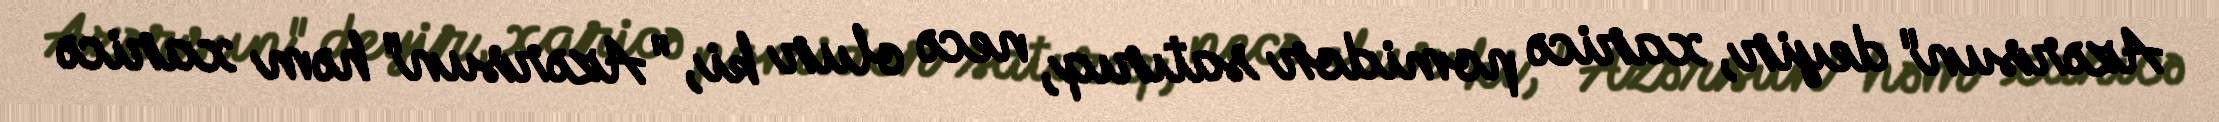
Azərsun" deyir, xaricə pomidor satırıq, necə olur ki, "Azərsun" həm xaricə